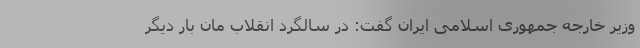
وزیر خارجه جمهوری اسلامی ایران گفت: در سالگرد انقلاب مان بار دیگر